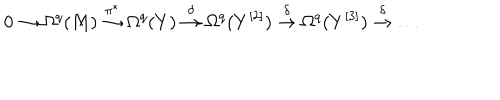
LaTeX: 0 \to \Omega ^ { q } ( M ) \stackrel { \pi ^ { * } } { \to } \Omega ^ { q } ( Y ) \stackrel { \delta } { \to } \Omega ^ { q } ( Y ^ { [ 2 ] } ) \stackrel { \delta } { \to } \Omega ^ { q } ( Y ^ { [ 3 ] } ) \stackrel { \delta } { \to } \dots